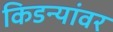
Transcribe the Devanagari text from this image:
किडन्यांवर